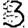
Digit: 3